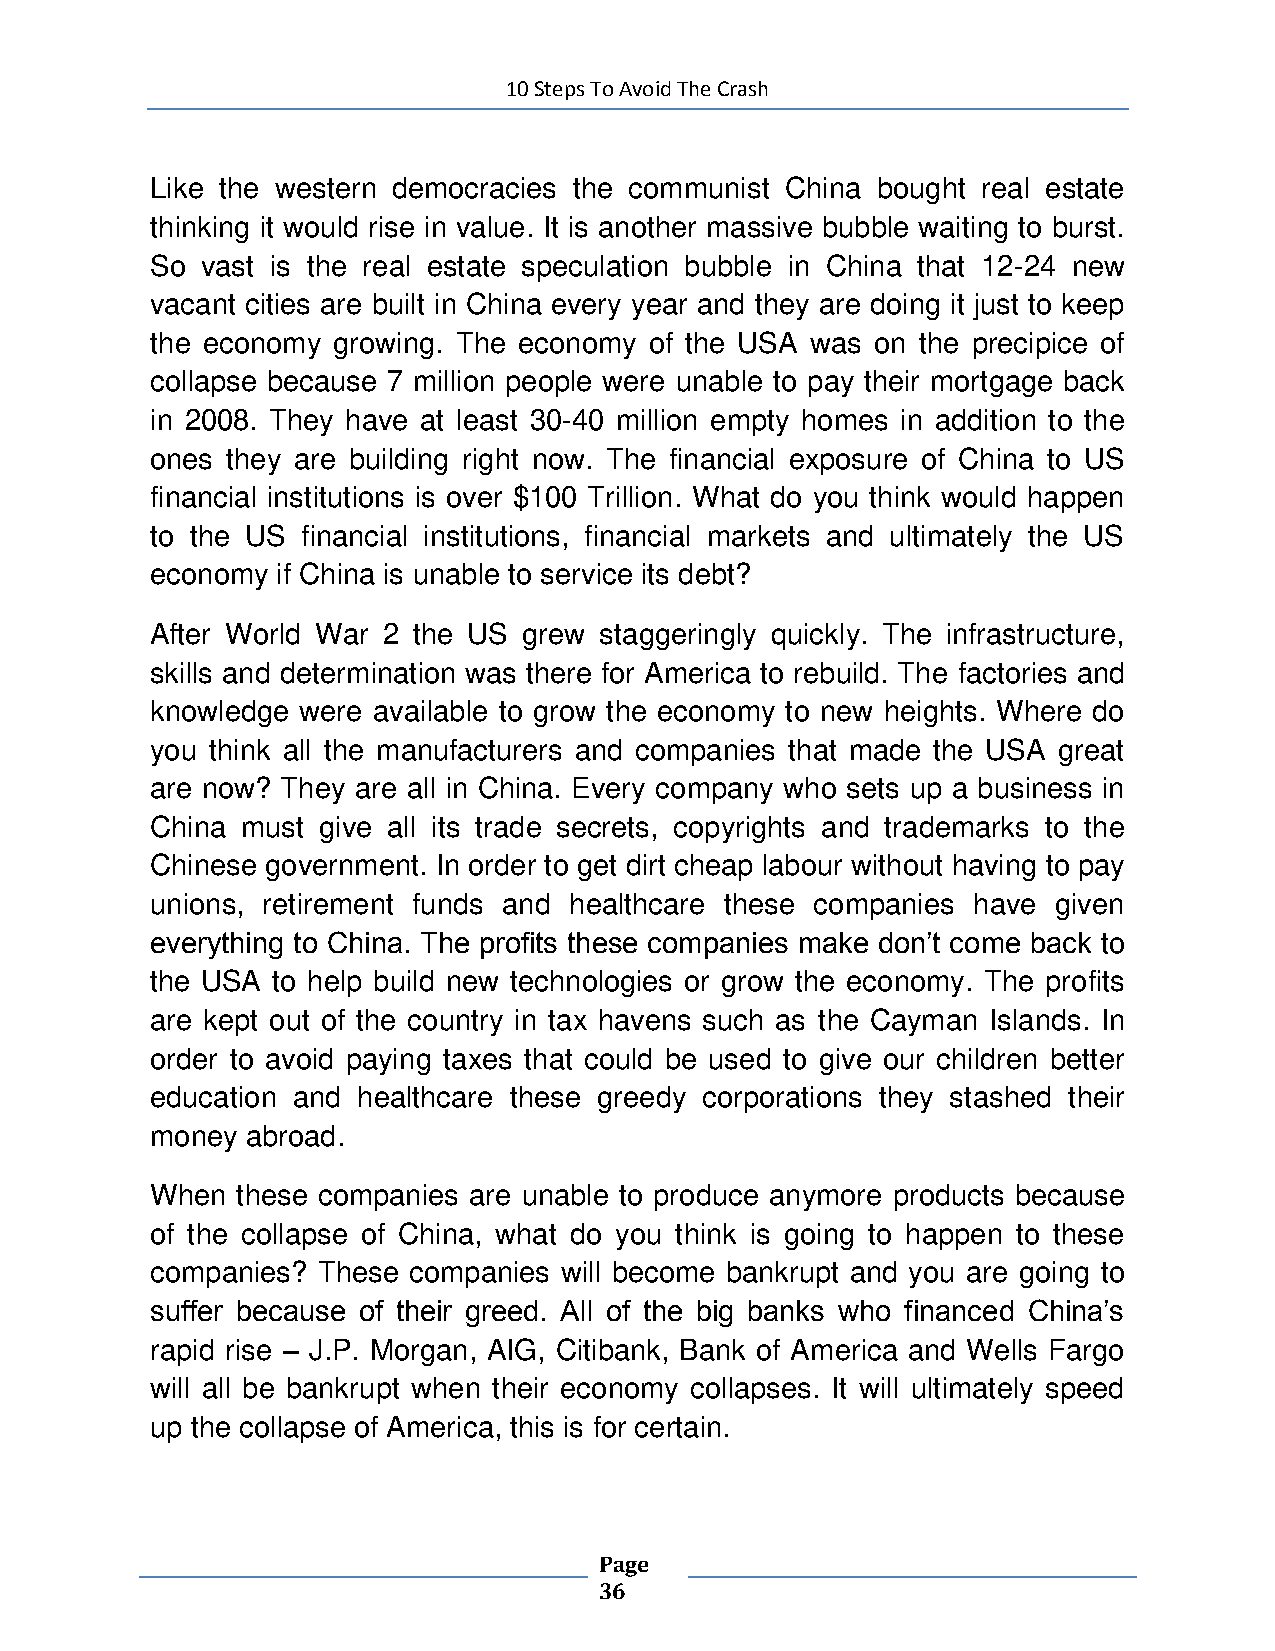
10 Steps To Avoid The Crash
 Like the western democracies the communist China bought real estate
 thinking it would rise in value. It is another massive bubble waiting to burst.
 So vast is the real estate speculation bubble in China that 12-24 new
 vacant cities are built in China every year and they are doing it just to keep
 the economy growing. The economy of the USA was on the precipice of
 collapse because 7 million people were unable to pay their mortgage back
 in 2008. They have at least 30-40 million empty homes in addition to the
 ones they are building right now. The financial exposure of China to US
 financial institutions is over $100 Trillion. What do you think would happen
 to the US financial institutions, financial markets and ultimately the US
 economy if China is unable to service its debt?
 After World War 2 the US grew staggeringly quickly. The infrastructure,
 skills and determination was there for America to rebuild. The factories and
 knowledge were available to grow the economy to new heights. Where do
 you think all the manufacturers and companies that made the USA great
 are now? They are all in China. Every company who sets up a business in
 China must give all its trade secrets, copyrights and trademarks to the
 Chinese government. In order to get dirt cheap labour without having to pay
 unions, retirement funds and healthcare these companies have given
 everything to China. The profits these companies make don’t come back to
 the USA to help build new technologies or grow the economy. The profits
 are kept out of the country in tax havens such as the Cayman Islands. In
 order to avoid paying taxes that could be used to give our children better
 education and healthcare these greedy corporations they stashed their
 money abroad.
 When  these companies are unable to produce anymore products because
 of the collapse of China, what do you think is going to happen to these
 companies? These companies will become bankrupt and you are going to
 suffer because of their greed. All of the big banks who financed China’s
 rapid rise – J.P. Morgan, AIG, Citibank, Bank of America and Wells Fargo
 will all be bankrupt when their economy collapses. It will ultimately speed
 up the collapse of America, this is for certain.
 Page
 36